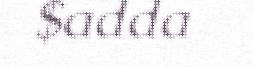
$adda